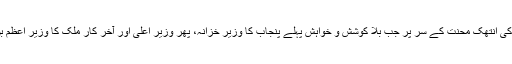
بچپن سے ہی مہنگے امپورٹڈ بلوں سے کرکٹ کھیلنے والا یہ نوجوان اپنے باپ کی انتھک محنت کے سر پر جب بلا کوشش و خواہش پہلے پنجاب کا وزیر خزانہ، پھر وزیر اعلٰی اور آخر کار ملک کا وزیر اعظم بن بیٹھا تو اس کے لیے یہ سمجھنا ایک فطری عمل تھا کہ وہ قدرت کا لاڈلا ہے۔